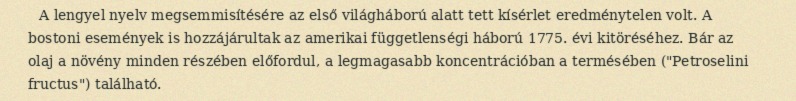
A lengyel nyelv megsemmisítésére az első világháború alatt tett kísérlet eredménytelen volt. A bostoni események is hozzájárultak az amerikai függetlenségi háború 1775. évi kitöréséhez. Bár az olaj a növény minden részében előfordul, a legmagasabb koncentrációban a termésében ("Petroselini fructus") található.